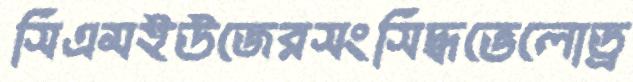
সিএমইউজেরসংসিদ্ধভেলোড্র